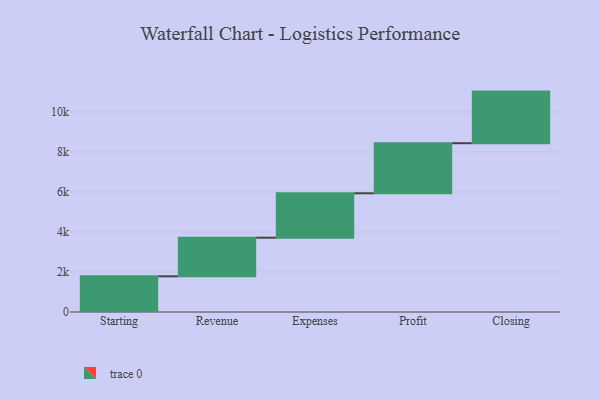
{"axis": {"x": "Step", "y": "Value"}, "legend": [""], "data": [{"x": "Starting", "y": 1784.0, "type": ""}, {"x": "Revenue", "y": 1931.0, "type": ""}, {"x": "Expenses", "y": 2220.0, "type": ""}, {"x": "Profit", "y": 2503.0, "type": ""}, {"x": "Closing", "y": 2581.0, "type": ""}]}